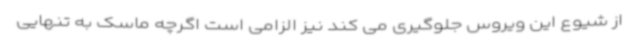
از شیوع این ویروس جلوگیری می کند نیز الزامی است اگرچه ماسک به تنهایی